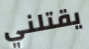
يقتلني